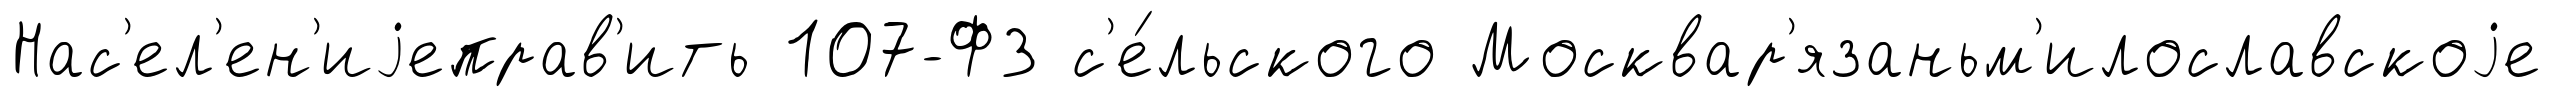
Нас'ел'ен'иjеправ'ить 107-ФЗ с'е́льского Москвар'язаньм'илославскоjе